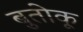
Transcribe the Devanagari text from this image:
बुतोकू